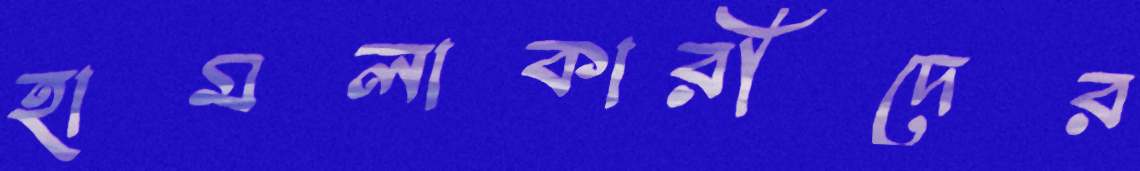
হামলাকারীদের